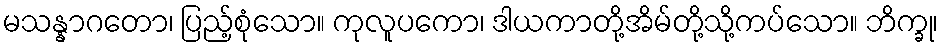
မသန္နာဂတော၊ ပြည့်စုံသော။ ကုလူပကော၊ ဒါယကာတို့အိမ်တို့သို့ကပ်သော။ ဘိက္ခု၊